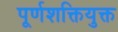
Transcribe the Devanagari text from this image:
पूर्णशक्तियुक्त